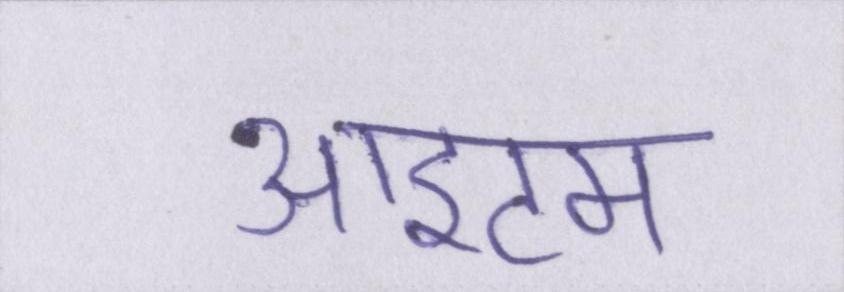
आइटम